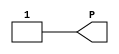
/*
 *  yosys -- Yosys Open SYnthesis Suite
 *
 *  Copyright (C) 2012  Clifford Wolf <clifford@clifford.at>
 *
 *  Permission to use, copy, modify, and/or distribute this software for any
 *  purpose with or without fee is hereby granted, provided that the above
 *  copyright notice and this permission notice appear in all copies.
 *
 *  THE SOFTWARE IS PROVIDED "AS IS" AND THE AUTHOR DISCLAIMS ALL WARRANTIES
 *  WITH REGARD TO THIS SOFTWARE INCLUDING ALL IMPLIED WARRANTIES OF
 *  MERCHANTABILITY AND FITNESS. IN NO EVENT SHALL THE AUTHOR BE LIABLE FOR
 *  ANY SPECIAL, DIRECT, INDIRECT, OR CONSEQUENTIAL DAMAGES OR ANY DAMAGES
 *  WHATSOEVER RESULTING FROM LOSS OF USE, DATA OR PROFITS, WHETHER IN AN
 *  ACTION OF CONTRACT, NEGLIGENCE OR OTHER TORTIOUS ACTION, ARISING OUT OF
 *  OR IN CONNECTION WITH THE USE OR PERFORMANCE OF THIS SOFTWARE.
 *
 */

// See Xilinx UG953 and UG474 for a description of the cell types below.
// http://www.xilinx.com/support/documentation/user_guides/ug474_7Series_CLB.pdf
// http://www.xilinx.com/support/documentation/sw_manuals/xilinx2014_4/ug953-vivado-7series-libraries.pdf

module VCC(output P);
  assign P = 1;
endmodule

module GND(output G);
  assign G = 0;
endmodule

module IBUF(output O, input I);
  parameter IOSTANDARD = "default";
  parameter IBUF_LOW_PWR = 0;
  assign O = I;
endmodule

module OBUF(output O, input I);
  parameter IOSTANDARD = "default";
  parameter DRIVE = 12;
  parameter SLEW = "SLOW";
  assign O = I;
endmodule

module BUFG(output O, input I);
  assign O = I;
endmodule

module BUFGCTRL(
    output O,
    input I0, input I1,
    input S0, input S1,
    input CE0, input CE1,
    input IGNORE0, input IGNORE1);

parameter [0:0] INIT_OUT = 1'b0;
parameter PRESELECT_I0 = "FALSE";
parameter PRESELECT_I1 = "FALSE";
parameter [0:0] IS_CE0_INVERTED = 1'b0;
parameter [0:0] IS_CE1_INVERTED = 1'b0;
parameter [0:0] IS_S0_INVERTED = 1'b0;
parameter [0:0] IS_S1_INVERTED = 1'b0;
parameter [0:0] IS_IGNORE0_INVERTED = 1'b0;
parameter [0:0] IS_IGNORE1_INVERTED = 1'b0;

wire I0_internal = ((CE0 ^ IS_CE0_INVERTED) ? I0 : INIT_OUT);
wire I1_internal = ((CE1 ^ IS_CE1_INVERTED) ? I1 : INIT_OUT);
wire S0_true = (S0 ^ IS_S0_INVERTED);
wire S1_true = (S1 ^ IS_S1_INVERTED);

assign O = S0_true ? I0_internal : (S1_true ? I1_internal : INIT_OUT);

endmodule

module BUFHCE(output O, input I, input CE);

parameter [0:0] INIT_OUT = 1'b0;
parameter CE_TYPE = "SYNC";
parameter [0:0] IS_CE_INVERTED = 1'b0;

assign O = ((CE ^ IS_CE_INVERTED) ? I : INIT_OUT);

endmodule

// module OBUFT(output O, input I, T);
//   assign O = T ? 1'bz : I;
// endmodule

// module IOBUF(inout IO, output O, input I, T);
//   assign O = IO, IO = T ? 1'bz : I;
// endmodule

module INV(output O, input I);
  assign O = !I;
endmodule

module LUT1(output O, input I0);
  parameter [1:0] INIT = 0;
  assign O = I0 ? INIT[1] : INIT[0];
endmodule

module LUT2(output O, input I0, I1);
  parameter [3:0] INIT = 0;
  wire [ 1: 0] s1 = I1 ? INIT[ 3: 2] : INIT[ 1: 0];
  assign O = I0 ? s1[1] : s1[0];
endmodule

module LUT3(output O, input I0, I1, I2);
  parameter [7:0] INIT = 0;
  wire [ 3: 0] s2 = I2 ? INIT[ 7: 4] : INIT[ 3: 0];
  wire [ 1: 0] s1 = I1 ?   s2[ 3: 2] :   s2[ 1: 0];
  assign O = I0 ? s1[1] : s1[0];
endmodule

module LUT4(output O, input I0, I1, I2, I3);
  parameter [15:0] INIT = 0;
  wire [ 7: 0] s3 = I3 ? INIT[15: 8] : INIT[ 7: 0];
  wire [ 3: 0] s2 = I2 ?   s3[ 7: 4] :   s3[ 3: 0];
  wire [ 1: 0] s1 = I1 ?   s2[ 3: 2] :   s2[ 1: 0];
  assign O = I0 ? s1[1] : s1[0];
endmodule

module LUT5(output O, input I0, I1, I2, I3, I4);
  parameter [31:0] INIT = 0;
  wire [15: 0] s4 = I4 ? INIT[31:16] : INIT[15: 0];
  wire [ 7: 0] s3 = I3 ?   s4[15: 8] :   s4[ 7: 0];
  wire [ 3: 0] s2 = I2 ?   s3[ 7: 4] :   s3[ 3: 0];
  wire [ 1: 0] s1 = I1 ?   s2[ 3: 2] :   s2[ 1: 0];
  assign O = I0 ? s1[1] : s1[0];
endmodule

module LUT6(output O, input I0, I1, I2, I3, I4, I5);
  parameter [63:0] INIT = 0;
  wire [31: 0] s5 = I5 ? INIT[63:32] : INIT[31: 0];
  wire [15: 0] s4 = I4 ?   s5[31:16] :   s5[15: 0];
  wire [ 7: 0] s3 = I3 ?   s4[15: 8] :   s4[ 7: 0];
  wire [ 3: 0] s2 = I2 ?   s3[ 7: 4] :   s3[ 3: 0];
  wire [ 1: 0] s1 = I1 ?   s2[ 3: 2] :   s2[ 1: 0];
  assign O = I0 ? s1[1] : s1[0];
endmodule

module LUT6_2(output O6, output O5, input I0, I1, I2, I3, I4, I5);
  parameter [63:0] INIT = 0;
  wire [31: 0] s5 = I5 ? INIT[63:32] : INIT[31: 0];
  wire [15: 0] s4 = I4 ?   s5[31:16] :   s5[15: 0];
  wire [ 7: 0] s3 = I3 ?   s4[15: 8] :   s4[ 7: 0];
  wire [ 3: 0] s2 = I2 ?   s3[ 7: 4] :   s3[ 3: 0];
  wire [ 1: 0] s1 = I1 ?   s2[ 3: 2] :   s2[ 1: 0];
  assign O6 = I0 ? s1[1] : s1[0];

  wire [15: 0] s5_4 = I4 ? INIT[31:16] : INIT[15: 0];
  wire [ 7: 0] s5_3 = I3 ? s5_4[15: 8] : s5_4[ 7: 0];
  wire [ 3: 0] s5_2 = I2 ? s5_3[ 7: 4] : s5_3[ 3: 0];
  wire [ 1: 0] s5_1 = I1 ? s5_2[ 3: 2] : s5_2[ 1: 0];
  assign O5 = I0 ? s5_1[1] : s5_1[0];
endmodule

module MUXCY(output O, input CI, DI, S);
  assign O = S ? CI : DI;
endmodule

module MUXF7(output O, input I0, I1, S);
  assign O = S ? I1 : I0;
endmodule

module MUXF8(output O, input I0, I1, S);
  assign O = S ? I1 : I0;
endmodule

module XORCY(output O, input CI, LI);
  assign O = CI ^ LI;
endmodule

module CARRY4(output [3:0] CO, O, input CI, CYINIT, input [3:0] DI, S);
  assign O = S ^ {CO[2:0], CI | CYINIT};
  assign CO[0] = S[0] ? CI | CYINIT : DI[0];
  assign CO[1] = S[1] ? CO[0] : DI[1];
  assign CO[2] = S[2] ? CO[1] : DI[2];
  assign CO[3] = S[3] ? CO[2] : DI[3];
endmodule

`ifdef _EXPLICIT_CARRY

module CARRY0(output CO_CHAIN, CO_FABRIC, O, input CI, CI_INIT, DI, S);
  parameter CYINIT_FABRIC = 0;
  wire CI_COMBINE;
  if(CYINIT_FABRIC) begin
    assign CI_COMBINE = CI_INIT;
  end else begin
    assign CI_COMBINE = CI;
  end
  assign CO_CHAIN = S ? CI_COMBINE : DI;
  assign CO_FABRIC = S ? CI_COMBINE : DI;
  assign O = S ^ CI_COMBINE;
endmodule

module CARRY(output CO_CHAIN, CO_FABRIC, O, input CI, DI, S);
  assign CO_CHAIN = S ? CI : DI;
  assign CO_FABRIC = S ? CI : DI;
  assign O = S ^ CI;
endmodule

`endif

module FDRE (output reg Q, input C, CE, D, R);
  parameter [0:0] INIT = 1'b0;
  parameter [0:0] IS_C_INVERTED = 1'b0;
  parameter [0:0] IS_D_INVERTED = 1'b0;
  parameter [0:0] IS_R_INVERTED = 1'b0;
  initial Q <= INIT;
  generate case (|IS_C_INVERTED)
    1'b0: always @(posedge C) if (R == !IS_R_INVERTED) Q <= 1'b0; else if (CE) Q <= D ^ IS_D_INVERTED;
    1'b1: always @(negedge C) if (R == !IS_R_INVERTED) Q <= 1'b0; else if (CE) Q <= D ^ IS_D_INVERTED;
  endcase endgenerate
endmodule

module FDSE (output reg Q, input C, CE, D, S);
  parameter [0:0] INIT = 1'b0;
  parameter [0:0] IS_C_INVERTED = 1'b0;
  parameter [0:0] IS_D_INVERTED = 1'b0;
  parameter [0:0] IS_S_INVERTED = 1'b0;
  initial Q <= INIT;
  generate case (|IS_C_INVERTED)
    1'b0: always @(posedge C) if (S == !IS_S_INVERTED) Q <= 1'b1; else if (CE) Q <= D ^ IS_D_INVERTED;
    1'b1: always @(negedge C) if (S == !IS_S_INVERTED) Q <= 1'b1; else if (CE) Q <= D ^ IS_D_INVERTED;
  endcase endgenerate
endmodule

module FDCE (output reg Q, input C, CE, D, CLR);
  parameter [0:0] INIT = 1'b0;
  parameter [0:0] IS_C_INVERTED = 1'b0;
  parameter [0:0] IS_D_INVERTED = 1'b0;
  parameter [0:0] IS_CLR_INVERTED = 1'b0;
  initial Q <= INIT;
  generate case ({|IS_C_INVERTED, |IS_CLR_INVERTED})
    2'b00: always @(posedge C, posedge CLR) if ( CLR) Q <= 1'b0; else if (CE) Q <= D ^ IS_D_INVERTED;
    2'b01: always @(posedge C, negedge CLR) if (!CLR) Q <= 1'b0; else if (CE) Q <= D ^ IS_D_INVERTED;
    2'b10: always @(negedge C, posedge CLR) if ( CLR) Q <= 1'b0; else if (CE) Q <= D ^ IS_D_INVERTED;
    2'b11: always @(negedge C, negedge CLR) if (!CLR) Q <= 1'b0; else if (CE) Q <= D ^ IS_D_INVERTED;
  endcase endgenerate
endmodule

module FDPE (output reg Q, input C, CE, D, PRE);
  parameter [0:0] INIT = 1'b0;
  parameter [0:0] IS_C_INVERTED = 1'b0;
  parameter [0:0] IS_D_INVERTED = 1'b0;
  parameter [0:0] IS_PRE_INVERTED = 1'b0;
  initial Q <= INIT;
  generate case ({|IS_C_INVERTED, |IS_PRE_INVERTED})
    2'b00: always @(posedge C, posedge PRE) if ( PRE) Q <= 1'b1; else if (CE) Q <= D ^ IS_D_INVERTED;
    2'b01: always @(posedge C, negedge PRE) if (!PRE) Q <= 1'b1; else if (CE) Q <= D ^ IS_D_INVERTED;
    2'b10: always @(negedge C, posedge PRE) if ( PRE) Q <= 1'b1; else if (CE) Q <= D ^ IS_D_INVERTED;
    2'b11: always @(negedge C, negedge PRE) if (!PRE) Q <= 1'b1; else if (CE) Q <= D ^ IS_D_INVERTED;
  endcase endgenerate
endmodule

module FDRE_1 (output reg Q, input C, CE, D, R);
  parameter [0:0] INIT = 1'b0;
  initial Q <= INIT;
  always @(negedge C) if (R) Q <= 1'b0; else if(CE) Q <= D;
endmodule

module FDSE_1 (output reg Q, input C, CE, D, S);
  parameter [0:0] INIT = 1'b1;
  initial Q <= INIT;
  always @(negedge C) if (S) Q <= 1'b1; else if(CE) Q <= D;
endmodule

module FDCE_1 (output reg Q, input C, CE, D, CLR);
  parameter [0:0] INIT = 1'b0;
  initial Q <= INIT;
  always @(negedge C, posedge CLR) if (CLR) Q <= 1'b0; else if (CE) Q <= D;
endmodule

module FDPE_1 (output reg Q, input C, CE, D, PRE);
  parameter [0:0] INIT = 1'b1;
  initial Q <= INIT;
  always @(negedge C, posedge PRE) if (PRE) Q <= 1'b1; else if (CE) Q <= D;
endmodule

module RAM32X1D (
  output DPO, SPO,
  input  D, WCLK, WE,
  input  A0, A1, A2, A3, A4,
  input  DPRA0, DPRA1, DPRA2, DPRA3, DPRA4
);
  parameter INIT = 32'h0;
  parameter IS_WCLK_INVERTED = 1'b0;
  wire [4:0] a = {A4, A3, A2, A1, A0};
  wire [4:0] dpra = {DPRA4, DPRA3, DPRA2, DPRA1, DPRA0};
  reg [31:0] mem = INIT;
  assign SPO = mem[a];
  assign DPO = mem[dpra];
  wire clk = WCLK ^ IS_WCLK_INVERTED;
  always @(posedge clk) if (WE) mem[a] <= D;
endmodule

module RAM64X1D (
  output DPO, SPO,
  input  D, WCLK, WE,
  input  A0, A1, A2, A3, A4, A5,
  input  DPRA0, DPRA1, DPRA2, DPRA3, DPRA4, DPRA5
);
  parameter INIT = 64'h0;
  parameter IS_WCLK_INVERTED = 1'b0;
  wire [5:0] a = {A5, A4, A3, A2, A1, A0};
  wire [5:0] dpra = {DPRA5, DPRA4, DPRA3, DPRA2, DPRA1, DPRA0};
  reg [63:0] mem = INIT;
  assign SPO = mem[a];
  assign DPO = mem[dpra];
  wire clk = WCLK ^ IS_WCLK_INVERTED;
  always @(posedge clk) if (WE) mem[a] <= D;
endmodule

module RAM128X1D (
  output       DPO, SPO,
  input        D, WCLK, WE,
  input  [6:0] A, DPRA
);
  parameter INIT = 128'h0;
  parameter IS_WCLK_INVERTED = 1'b0;
  reg [127:0] mem = INIT;
  assign SPO = mem[A];
  assign DPO = mem[DPRA];
  wire clk = WCLK ^ IS_WCLK_INVERTED;
  always @(posedge clk) if (WE) mem[A] <= D;
endmodule

module SRL16E (
  output Q,
  input A0, A1, A2, A3, CE, CLK, D
);
  parameter [15:0] INIT = 16'h0000;
  parameter [0:0] IS_CLK_INVERTED = 1'b0;

  reg [15:0] r = INIT;
  assign Q = r[{A3,A2,A1,A0}];
  generate
    if (IS_CLK_INVERTED) begin
      always @(negedge CLK) if (CE) r <= { r[14:0], D };
    end
    else
        always @(posedge CLK) if (CE) r <= { r[14:0], D };
  endgenerate
endmodule

module SRLC32E (
  output Q,
  output Q31,
  input [4:0] A,
  input CE, CLK, D
);
  parameter [31:0] INIT = 32'h00000000;
  parameter [0:0] IS_CLK_INVERTED = 1'b0;

  reg [31:0] r = INIT;
  assign Q31 = r[31];
  assign Q = r[A];
  generate
    if (IS_CLK_INVERTED) begin
      always @(negedge CLK) if (CE) r <= { r[30:0], D };
    end
    else
      always @(posedge CLK) if (CE) r <= { r[30:0], D };
  endgenerate
endmodule